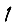
Digit: 1